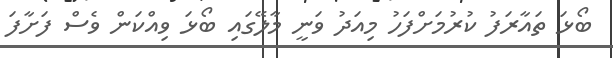
ބޯޅަ ތައާރަފު ކުރުމަށްފަހު މިއަދު ވަނީ މާލޭގައި ބޯޅަ ވިއްކަން ވެސް ފަށާފަ